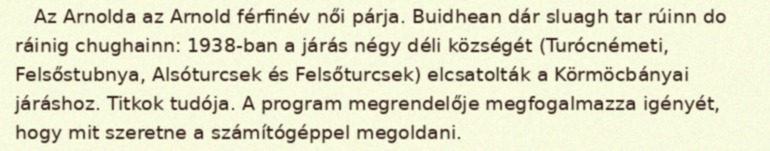
Az Arnolda az Arnold férfinév női párja. Buidhean dár sluagh tar rúinn do ráinig chughainn: 1938-ban a járás négy déli községét (Turócnémeti, Felsőstubnya, Alsóturcsek és Felsőturcsek) elcsatolták a Körmöcbányai járáshoz. Titkok tudója. A program megrendelője megfogalmazza igényét, hogy mit szeretne a számítógéppel megoldani.